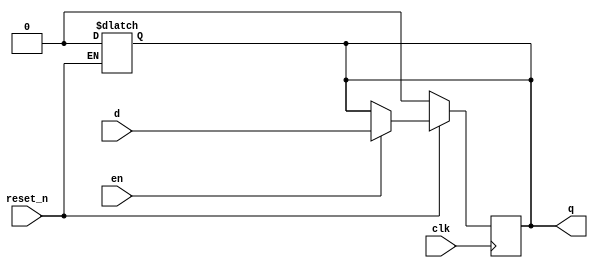
module D_FF(clk,reset_n,en,d,q);//???? ??
input clk,reset_n,en,d;//?? clk,reset_n,d
output q; //?? q
reg q;//???? q
always@(reset_n)//reset_n? ???
begin
if(!reset_n) q=0;//reset_n=0->q=0
end
always@(posedge clk)//?? ????
begin
if(!reset_n) q=0;//reset_n=0->q=0
else if(en==0) q=q;
else q=d;//q=d

end
endmodule